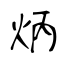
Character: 炳